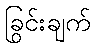
ခြွင်းချက်